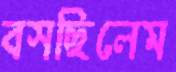
বসছিলেম